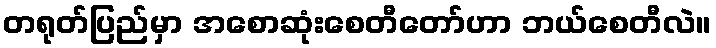
တရုတ်ပြည်မှာ အစောဆုံးစေတီတော်ဟာ ဘယ်စေတီလဲ။